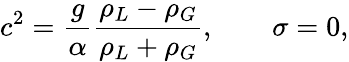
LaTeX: c^{2}={\frac{g}{\alpha}}{\frac{\rho_{L}-\rho_{G}}{\rho_{L}+\rho_{G}}},\qquad\sigma=0,